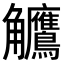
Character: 𬷺